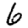
Digit: 6